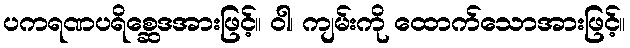
ပကရဏပရိစ္ဆေဒအားဖြင့်။ ဝါ၊ ကျမ်းကို ထောက်သောအားဖြင့်။